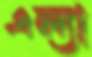
এল্যা